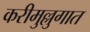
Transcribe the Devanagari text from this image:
करीमुल्लुगात